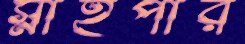
স্নাইপার